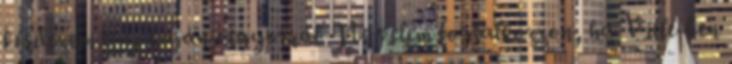
kérdezem egy kaján vigyorral. Ne velem foglalkozzon, ha Ville-ben